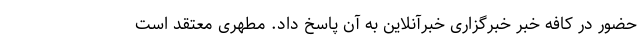
حضور در کافه خبر خبرگزاری خبرآنلاین به آن پاسخ داد. مطهری معتقد است